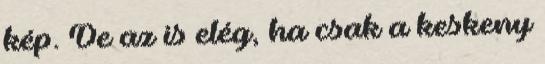
kép. De az is elég, ha csak a keskeny